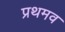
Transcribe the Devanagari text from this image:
प्रथमव